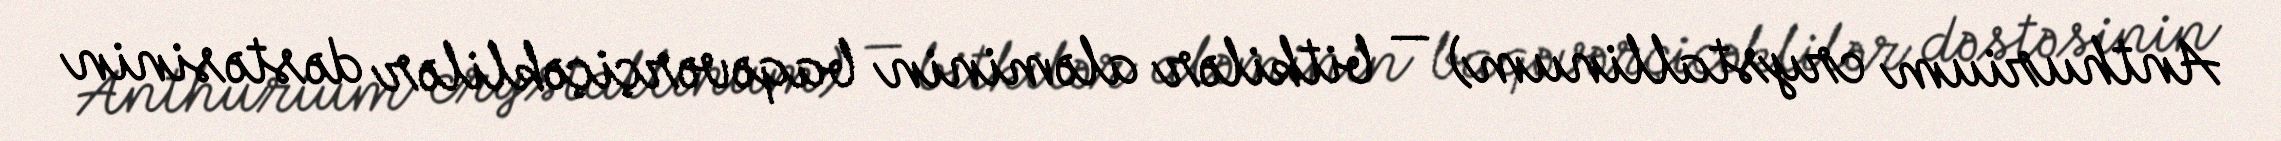
Anthurium crystallinum) — bitkilər aləminin baqəvərçiçəklilər dəstəsinin